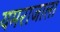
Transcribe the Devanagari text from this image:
यमराजाला